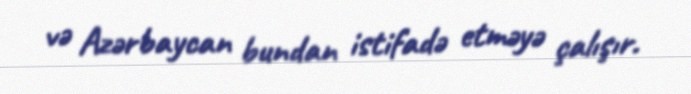
və Azərbaycan bundan istifadə etməyə çalışır.